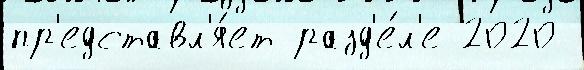
пр'едставл'я́ет разд'е́л'е 2020